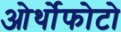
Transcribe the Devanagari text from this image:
ओर्थोफोटो